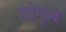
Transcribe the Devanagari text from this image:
चोपून